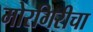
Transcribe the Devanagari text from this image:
मोरगिरीचा